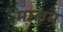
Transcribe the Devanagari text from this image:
मालम